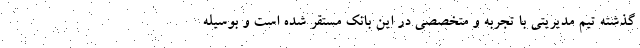
گذشته تیم مدیریتی با تجربه و متخصصی در این بانک مستقر شده است و بوسیله